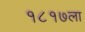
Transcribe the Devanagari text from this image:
१८१७ला